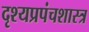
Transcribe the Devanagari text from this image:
दृश्यप्रपंचशास्त्र